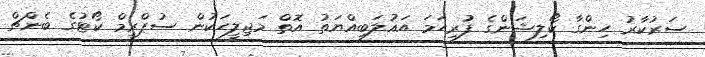
ސަރުކާރު ހިންގާ ކޯލިޝަންގެ ފުރިހަމަ އަޣުލަބިއްޔަތު އޮތް މަޖިލީހަކުން ސުޕްރީމް ކޯޓުގެ ބެންޗް